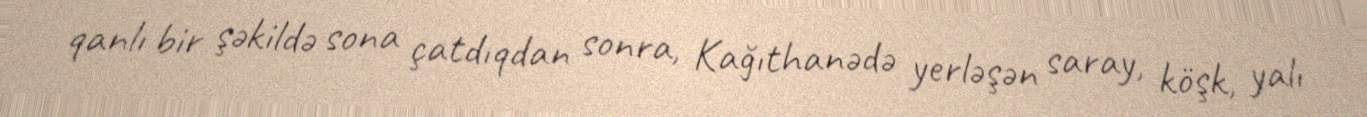
qanlı bir şəkildə sona çatdıqdan sonra, Kağıthanədə yerləşən saray, köşk, yalı